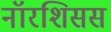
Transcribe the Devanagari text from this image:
नॉरशिसस